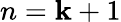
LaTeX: n=\mathbf{k}+1